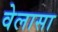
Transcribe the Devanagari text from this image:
वेलासा